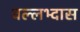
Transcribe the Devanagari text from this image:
वल्लभ्दास